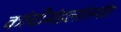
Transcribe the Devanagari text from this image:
कांचीमंडलांतर्गत